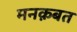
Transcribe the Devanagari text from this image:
मनक़बत